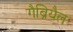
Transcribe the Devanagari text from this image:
गैब्रियैल